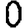
Digit: 0